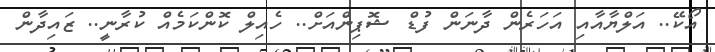
އޯކޭ.. އަލްޔާއާއި އަހަރެން ދާނަން ފުޑް ޝޮޕިންއަށް.. ހެއިލް ކޮންކަމެއް ކުރާނީ.. ޒައިދާން